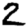
Digit: 2